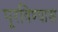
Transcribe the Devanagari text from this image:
पूरविण्यास